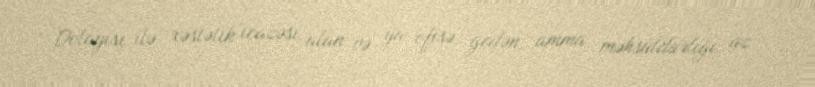
Dolayısı ilə xəstəlik icazəsi alan və ya ofisə gedən, amma məhsuldarlığı az